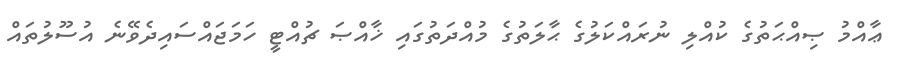
ޢާއްމު ޞިއްޙަތުގެ ކުއްލި ނުރައްކަލުގެ ޙާލަތުގެ މުއްދަތުގައި ޚާއްޞަ ޗުއްޓީ ހަމަޖައްސައިދެވޭނެ އުސޫލުތައް